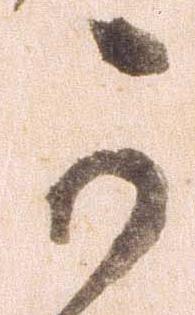
可